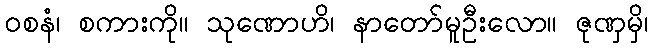
ဝစနံ၊ စကားကို။ သုဏောဟိ၊ နာတော်မူဦးလော။ ဇုဏှမှိ၊